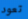
تعود